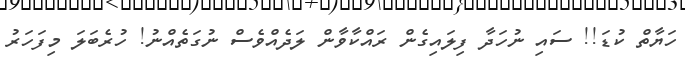
ހަޔާތް ކުޑަ!! ސައި ނުހަދާ ފިލައިގެން ރައްކާވާން ލަދެއްވެސް ނުގަތެއްނު! ހުރެބަލަ މިފަހަރު